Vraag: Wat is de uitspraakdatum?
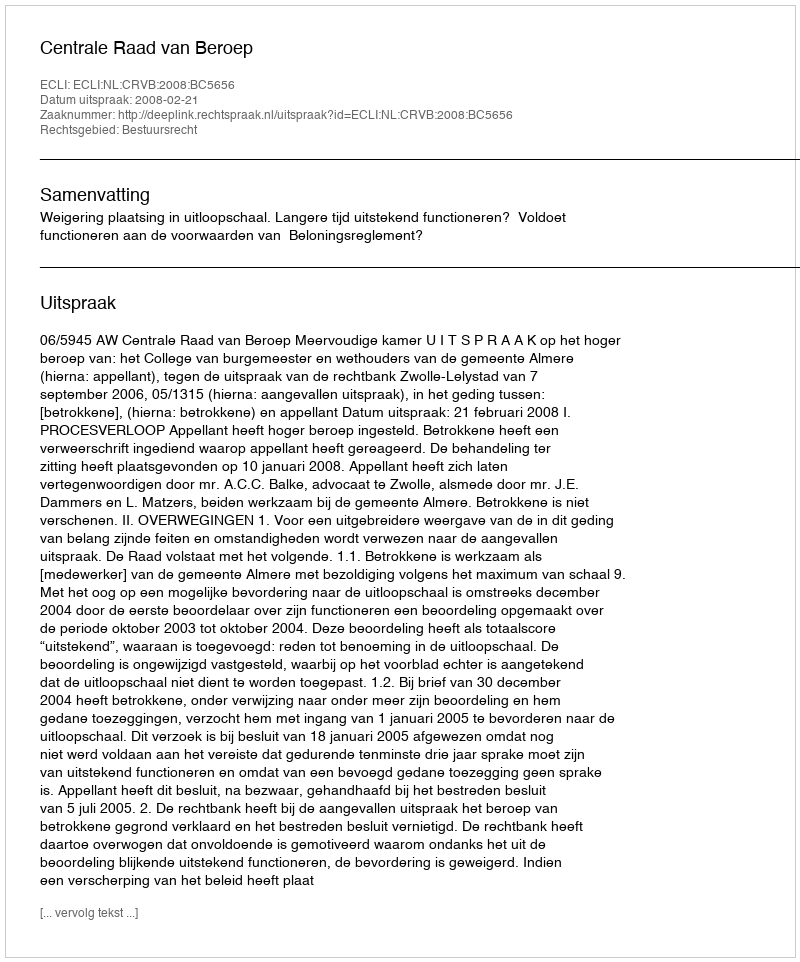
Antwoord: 2008-02-21